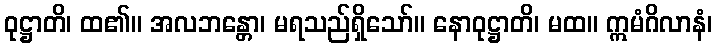
ဝုဋ္ဌာတိ၊ ထ၏။ အလဘန္တော၊ မရသည်ရှိသော်။ နောဝုဋ္ဌာတိ၊ မထ။ ဣမံဂိလာနံ၊